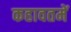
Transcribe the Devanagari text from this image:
कहावतमें